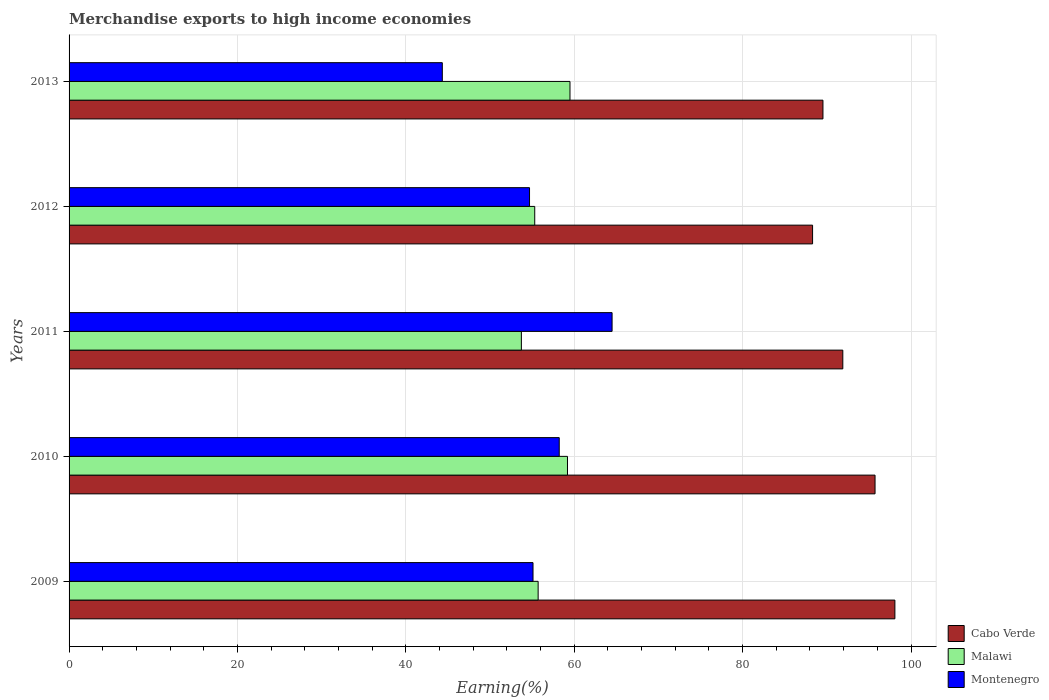
| Years | Cabo Verde | Malawi | Montenegro |
 | --- | --- | --- | --- |
 | 2009 | 98.1 | 55.7 | 55.1 |
 | 2010 | 95.7 | 59.2 | 58.2 |
 | 2011 | 91.9 | 53.7 | 64.5 |
 | 2012 | 88.3 | 55.3 | 54.7 |
 | 2013 | 89.5 | 59.5 | 44.3 |